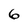
Character: 6